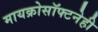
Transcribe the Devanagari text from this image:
मायक्रोसॉफ्टनेही